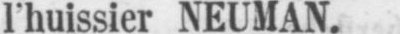
l’huissier NEUMAN.